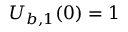
U _ { b , 1 } ( 0 ) = 1